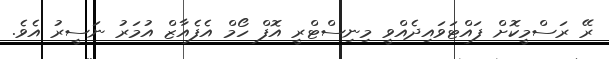
ރޭ ރަސްމީކޮށް ފައްޓަވައިދެއްވީ މިނިސްޓްރީ އޮފް ހޯމް އެފެއާޒް އުމަރު ނަސީރު އެވެ.